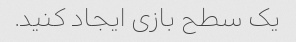
یک سطح بازی ایجاد کنید.